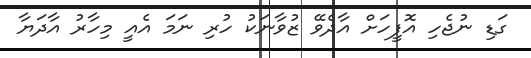
ގަޑި ނުޖެހި އޮފީހަށް އާދެވޭ ޒުވާނަކު ހުރި ނަމަ އެއީ މިހާރު އާދަޔާ